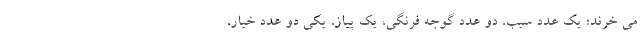
می خرند؛ یک عدد سیب، دو عدد گوجه فرنگی، یک پیاز، یکی دو عدد خیار،